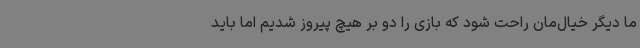
ما دیگر خیال‌مان راحت شود که بازی را دو بر هیچ پیروز شدیم اما باید